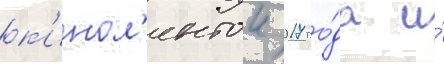
к'инол'ентои 2017 го́да и́